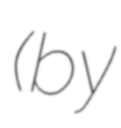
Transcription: (by